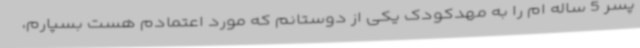
پسر 5 ساله ام را به مهدکودک یکی از دوستانم که مورد اعتمادم هست بسپارم،